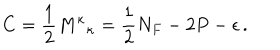
C = \frac { 1 } { 2 } { M ^ { \kappa } } _ { \kappa } = \frac { 1 } { 2 } N _ { F } - 2 P - \epsilon \, .